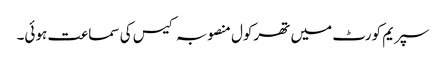
سپریم کورٹ میں تھرکول منصوبہ کیس کی سماعت ہوئی۔